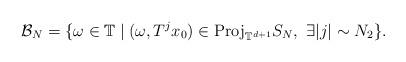
LaTeX: \begin{align*}\mathcal{B}_{N}=\{\omega\in\mathbb{T}\mid(\omega,T^{j}x_{0})\in {\rm Proj}_{\mathbb{T}^{d+1}}S_N, \ \exists|j|\sim N_2\}.\end{align*}